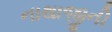
નાથાજીની